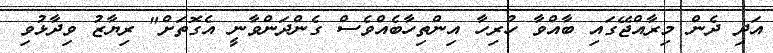
އަދި ދެން މިރާއްޖޭގައި ބާއްވާ ހުރިހާ އިންތިހާބެއްވެސް ގެންދަންވާނީ އެގޮތަށް" ރިޔާޒު ވިދާޅުވި